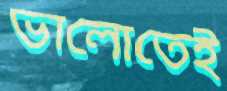
ভালোতেই